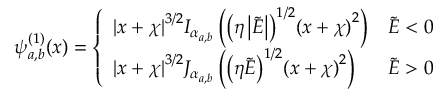
\psi _ { a , b } ^ { ( 1 ) } ( x ) = \left\{ \begin{array} { l l } { { | x + \chi | } ^ { 3 / 2 } I _ { \alpha _ { a , b } } \left( { \left( \eta \left| \tilde { E } \right| \right) } ^ { 1 / 2 } { ( x + \chi ) } ^ { 2 } \right) } & { \tilde { E } < 0 } \\ { { | x + \chi | } ^ { 3 / 2 } J _ { \alpha _ { a , b } } \left( { \left( \eta \tilde { E } \right) } ^ { 1 / 2 } { ( x + \chi ) } ^ { 2 } \right) } & { \tilde { E } > 0 } \end{array} \right.